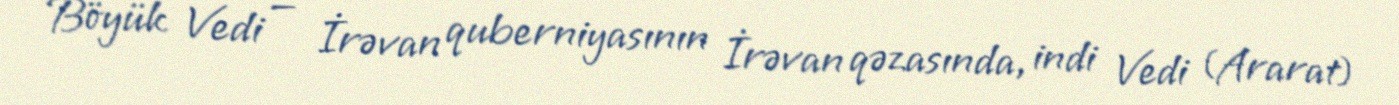
Böyük Vedi — İrəvan quberniyasının İrəvan qəzasında, indi Vedi (Ararat)